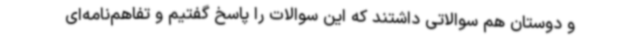
و دوستان هم سوالاتی داشتند که این سوالات را پاسخ گفتیم و تفاهم‌نامه‌ای